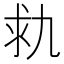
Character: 㐜